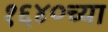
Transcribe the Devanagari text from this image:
१६४०च्या